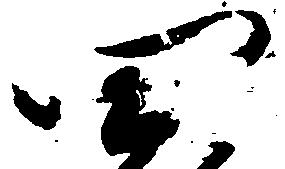
四